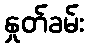
နှုတ်ခမ်း